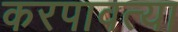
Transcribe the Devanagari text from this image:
करपावत्या